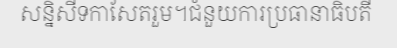
សន្និសីទកាសែតរួម។ជំនួយការប្រធានាធិបតី